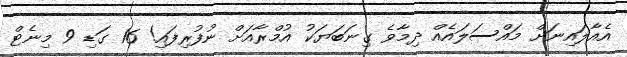
އެއާލައިނަށް މައްސަލައެއް ދިމާވެ ގިނަބަޔަކު އުމްރާއަށް ނުފުރިފައި! 16 ގަޑި 9 މިނެޓް